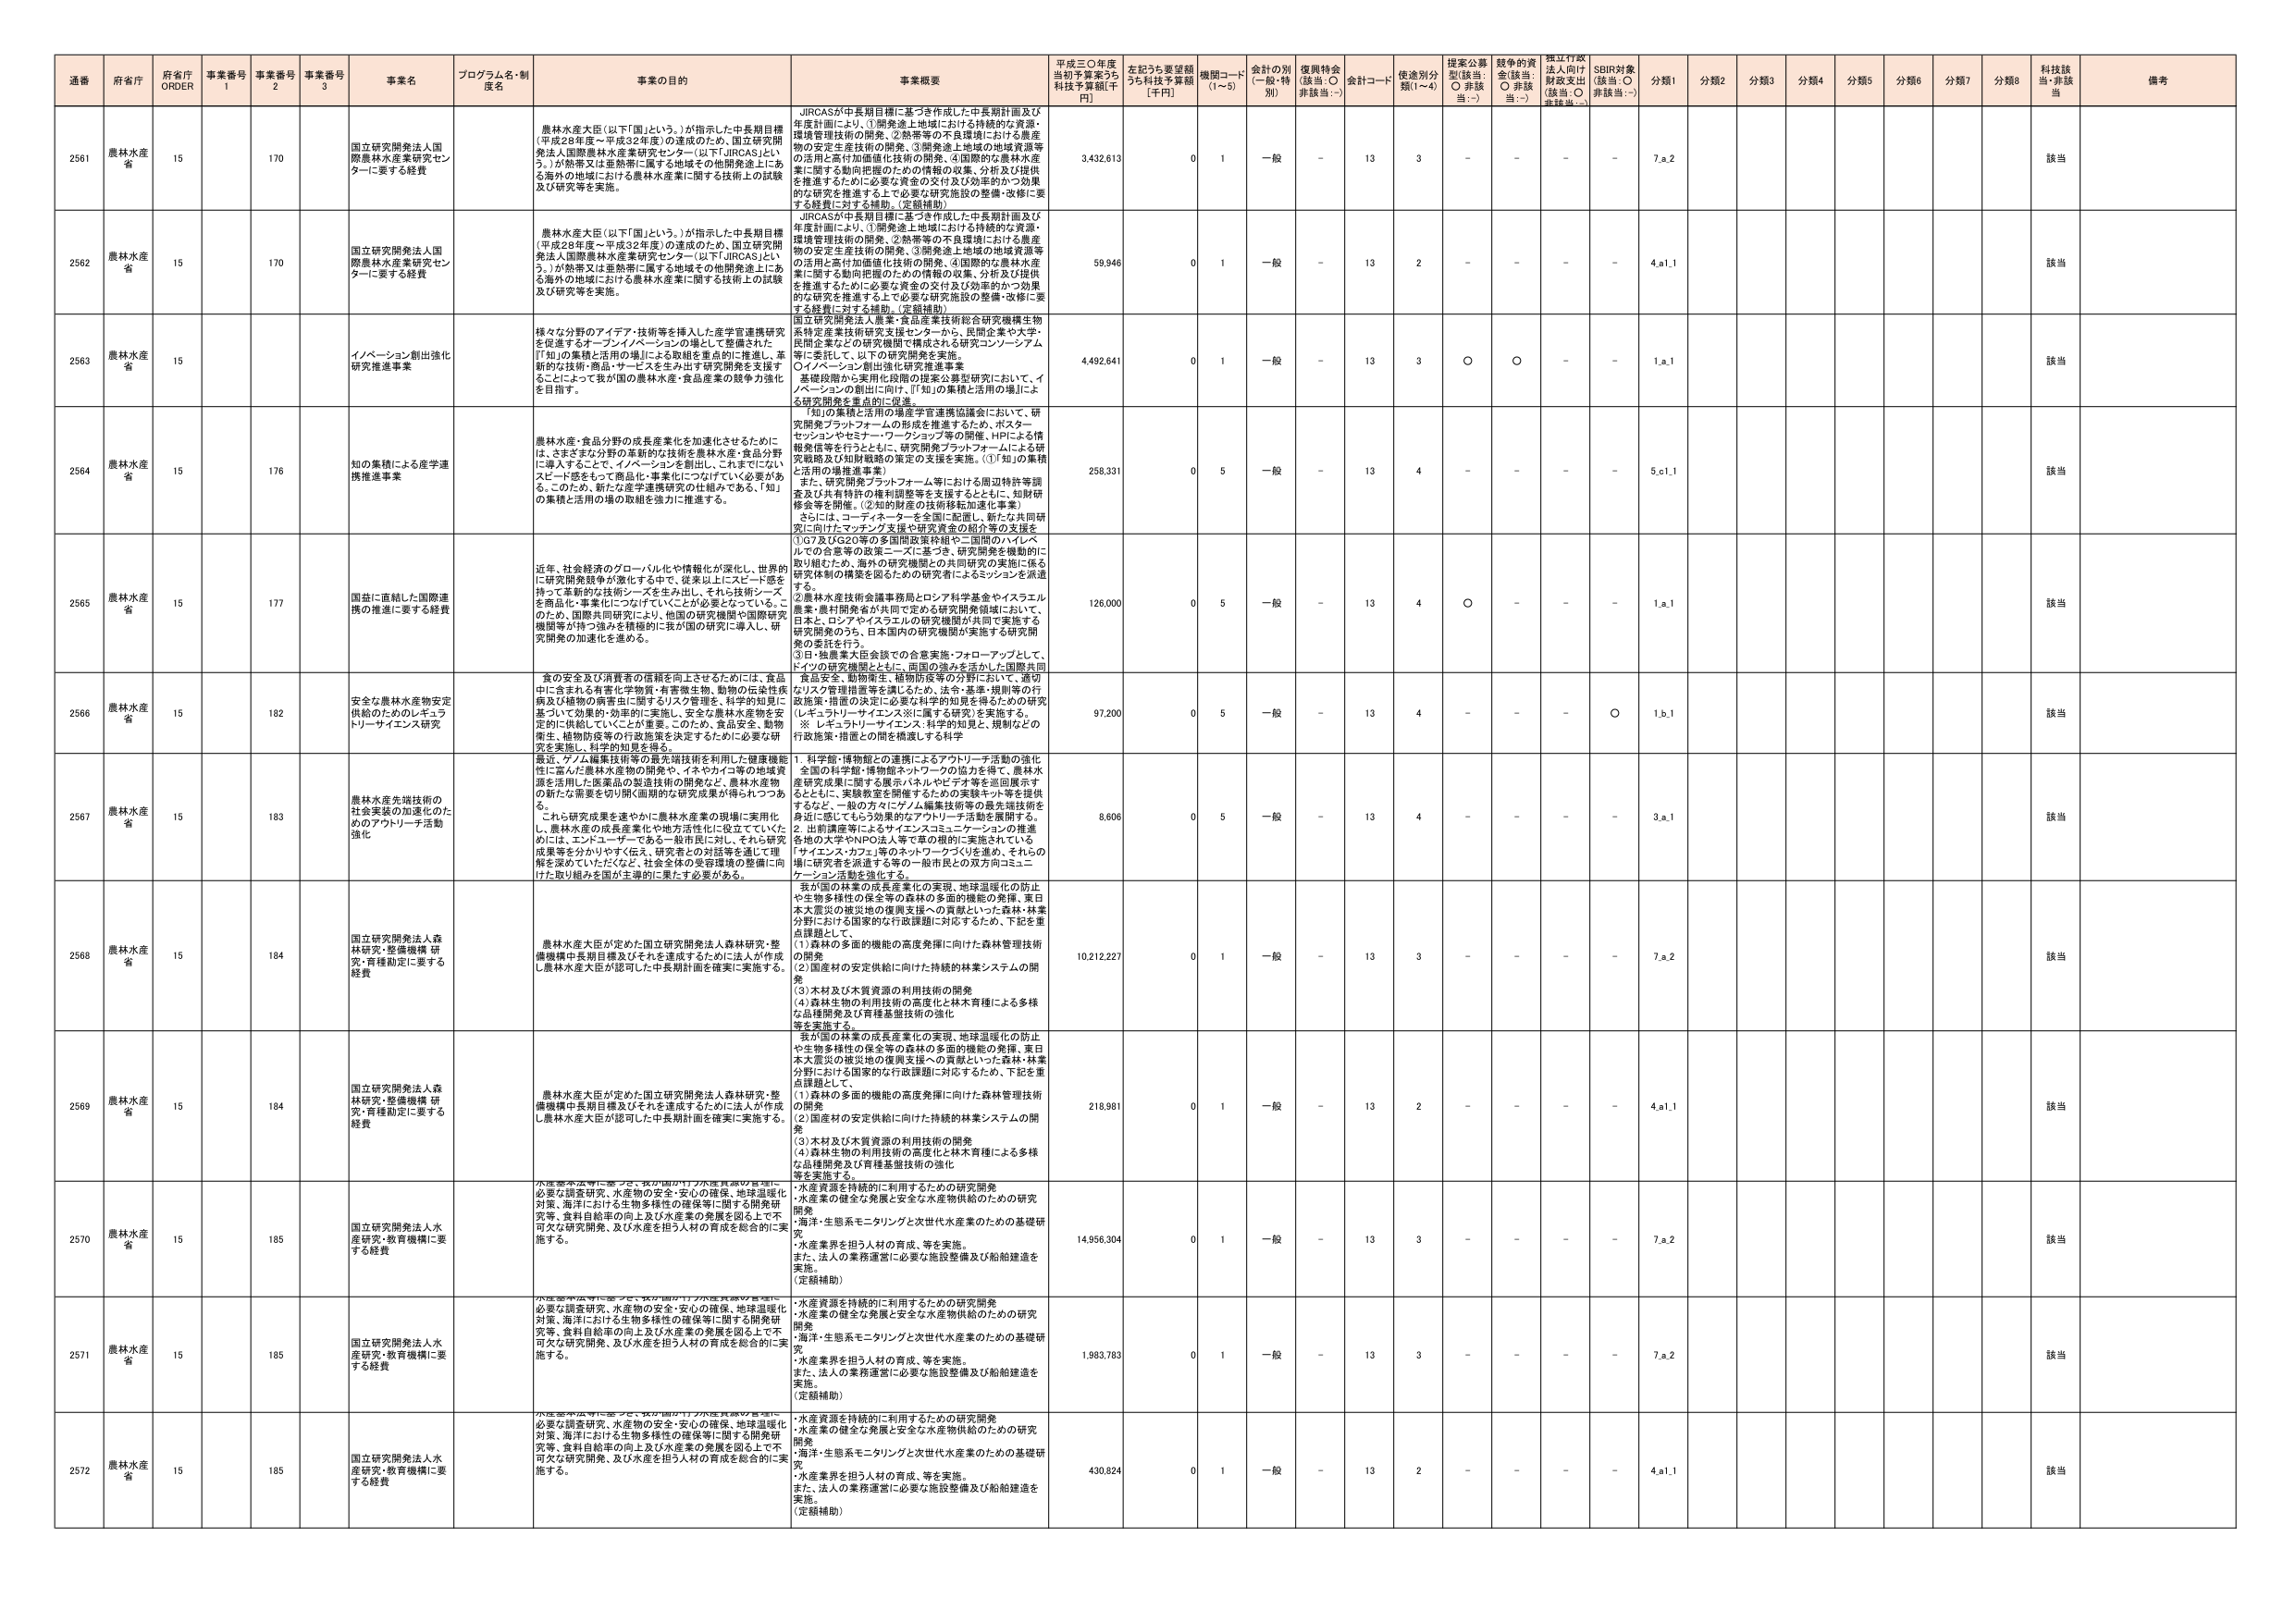
通番 府省庁 府省庁 ORDER 事業番号 1 事業番号 2 事業番号 3 事業名 プログラム名・制度名 事業の目的 事業概要 平成三〇年度当初予算案うち 科技予算額[千円] 左記うち要望額うち科技予算額 [千円] 機関コード (1~5) 会計の別 (一般・特別) 復興特会 (該当:○ 非該当:－) 会計コード 使途別分類(1~4) 提案公募型(該当:○ 非該当:－) 競争的資金(該当:○ 非該当:－) 指定行政法人向け財政支出(該当:○ 非該当:－) SDBR対象(該当:○ 非該当:－) 分類1 分類2 分類3 分類4 分類5 分類6 分類7 分類8 科技該当・非該当 備考

2561 農林水産省 15 170 国立研究開発法人国際農林水産業研究センターに要する経費 農林水産大臣（以下「国」という。）が指示した中長期目標（平成28年度～平成32年度）の達成のため、国立研究開発法人国際農林水産業研究センター（以下「JIRCAS」という。）が熱帯又は亜熱帯に属する地域その他開発途上にある海外の地域における農林水産業に関する技術上の試験及び研究等を実施。 JIRCASが中長期目標に基づき作成した中長期計画及び年度計画により、①開発途上地域における持続的な資源・環境管理技術の開発、②熱帯等の不良環境における農産物の安定生産技術の開発、③開発途上地域の地域資源等の活用と高付加価値化技術の開発、④国際的な農林水産業に関する動向把握のための情報の収集、分析及び提供を推進するために必要な資金の交付及び効率的かつ効果的な研究を推進する上で必要な研究施設の整備・改修に要する経費に対する補助。（定額補助） 3,432,613 0 1 一般 － 13 3 － － － － 7.a.2 該当

2562 農林水産省 15 170 国立研究開発法人国際農林水産業研究センターに要する経費 農林水産大臣（以下「国」という。）が指示した中長期目標（平成28年度～平成32年度）の達成のため、国立研究開発法人国際農林水産業研究センター（以下「JIRCAS」という。）が熱帯又は亜熱帯に属する地域その他開発途上にある海外の地域における農林水産業に関する技術上の試験及び研究等を実施。 JIRCASが中長期目標に基づき作成した中長期計画及び年度計画により、①開発途上地域における持続的な資源・環境管理技術の開発、②熱帯等の不良環境における農産物の安定生産技術の開発、③開発途上地域の地域資源等の活用と高付加価値化技術の開発、④国際的な農林水産業に関する動向把握のための情報の収集、分析及び提供を推進するために必要な資金の交付及び効率的かつ効果的な研究を推進する上で必要な研究施設の整備・改修に要する経費に対する補助。（定額補助） 59,946 0 1 一般 － 13 2 － － － － 4.a1.1 該当

2563 農林水産省 15 イノベーション創出強化研究推進事業 様々な分野のアイデア・技術等を挿入した産学官連携研究を促進するオープンイノベーションの場として整備された『「知」の集積と活用の場』による取組を重点的に推進し、革新的な技術・商品・サービスを生み出す研究開発を支援することによって我が国の農林水産・食品産業の競争力強化を目指す。 国立研究開発法人農業・食品産業技術総合研究機構生物系特定産業技術研究支援センターから、民間企業や大学・民間企業などの研究機関で構成される研究コンソーシアム等に委託して、以下の研究開発を実施。 ○イノベーション創出強化研究支援事業 基礎段階から実用化段階の提案公募型研究において、イノベーションの創出に向け、「『知』の集積と活用の場」による研究開発を重点的に促進。 4,492,641 0 1 一般 － 13 3 ○ ○ － － 1.a.1 該当

2564 農林水産省 15 176 知の集積による産学連携推進事業 農林水産・食品分野の成長産業化を加速化させるために、さまざまな分野の革新的な技術を農林水産・食品分野に導入することで、イノベーションを創出し、これまでにないスピード感をもって商品化・事業化につなげていく必要がある。このため、新たな産学連携研究の仕組みである、「知」の集積と活用の場の取組を強力に推進する。 「知」の集積と活用の場産学官連携協議会において、研究開発プラットフォームの形成を推進するため、ポスターセッションやセミナー・ワークショップ等の開催、HPによる情報発信等を行うとともに、研究開発プラットフォームによる研究戦略及び知財戦略の策定の支援を実施。（①「知」の集積と活用の場推進事業） また、研究開発プラットフォーム等における周辺特許等調査及び共有特許の権利調整等を支援するとともに、知財研修会等を開催。（②知的財産の技術移転加速化事業） さらには、コーディネーターを全国に配置し、新たな共同研究に向けたマッチング支援や研究資金の紹介等の支援を 258,331 0 5 一般 － 13 4 － － － － 5.o1.1 該当

2565 農林水産省 15 177 国益に直結した国際連携の推進に要する経費 近年、社会経済のグローバル化や情報化が深化し、世界的に研究開発競争が激化する中で、従来以上にスピード感を持って革新的な技術シーズを生み出し、それら技術シーズを商品化・事業化につなげていくことが必要となっている。このため、国際共同研究により、他国の研究機関や国際研究機関等が持つ強みを積極的に我が国の研究に導入し、研究開発の加速化を進める。 ①G7及びG20等の多国間政策枠組や二国間のハイレベルでの合意等の政策ニーズに基づき、研究開発を機動的に取り組むため、海外の研究機関との共同研究の実施に係る研究体制の構築を図るための研究者によるミッションを派遣する。 ②農林水産技術会議事務局とロシア科学基金やイスラエル農業・農村開発省が共同で定める研究開発領域において、日本とロシアやイスラエルの研究機関が共同で実施する研究開発のうち、日本国内の研究機関が実施する研究開発の委託を行う。 ③日・独農業大臣会談での合意実施・フォローアップとして、イノベの研究機関とともに、両国の強みを活かした国際共同食品安全、動物衛生、植物防疫等の分野において、連帯及びリスク管理措置等を講じるため、法令・基準・規制等の行政施策・措置の決定に必要な科学的知見を得るための研究（レギュラトリーサイエンス※に属する研究）を実施する。 ※ レギュラトリーサイエンス：科学的知見と、規制などの行政施策・措置との間を橋渡しする科学 126,000 0 5 一般 － 13 4 ○ － － － 1.a.1 該当

2566 農林水産省 15 182 安全な農林水産物安定供給のためのレギュラトリーサイエンス研究 食の安全及び消費者の信頼を向上させるためには、食品中に含まれる有害化学物質・有害微生物、動物の伝染性疾患及び植物の病害虫に関するリスク管理を、科学的知見に基づいて効果的・効率的に実施し、安全な農林水産物を安定的に供給していくことが重要。このため、食品安全、動物衛生、植物防疫等の行政施策を決定するために必要な研究を実施し、科学的知見を得る。 ①G7及びG20等の多国間政策枠組や二国間のハイレベルでの合意等の政策ニーズに基づき、研究開発を機動的に取り組むため、海外の研究機関との共同研究の実施に係る研究体制の構築を図るための研究者によるミッションを派遣する。 ②農林水産技術会議事務局とロシア科学基金やイスラエル農業・農村開発省が共同で定める研究開発領域において、日本とロシアやイスラエルの研究機関が共同で実施する研究開発のうち、日本国内の研究機関が実施する研究開発の委託を行う。 ③日・独農業大臣会談での合意実施・フォローアップとして、イノベの研究機関とともに、両国の強みを活かした国際共同食品安全、動物衛生、植物防疫等の分野において、連帯及びリスク管理措置等を講じるため、法令・基準・規制等の行政施策・措置の決定に必要な科学的知見を得るための研究（レギュラトリーサイエンス※に属する研究）を実施する。 ※ レギュラトリーサイエンス：科学的知見と、規制などの行政施策・措置との間を橋渡しする科学 97,200 0 5 一般 － 13 4 － － － ○ 1.b.1 該当

2567 農林水産省 15 183 農林水産先端技術の社会実装の加速化のためのアウトリーチ活動強化 最近、ゲノム編集技術等の最先端技術を利用した健康機能性に富んだ農林水産物の開発や、イネやカイコ等の地域資源を活用した医薬品の製造技術の開発など、農林水産物の新たな需要を切り開く画期的な研究成果が得られつつある。 これら研究成果を速やかに農林水産業の現場に実用化し、農林水産の成長産業化や地方活性化に役立てていくためには、エンジニアーや一般市民に対し、それら研究成果等を分かりやすく伝え、研究者との対話等を通じて理解を深めていただくなど、社会全体の受容環境の整備に向けた取り組みを国が主導的に果たす必要がある。 1．科学館・博物館との連携によるアウトリーチ活動の強化 全国の科学館・博物館ネットワークの協力を得て、農林水産研究成果に関する展示パネルやビデオ等を巡回展示するなどし、実験教室を開催するための実験キット等を提供するなど、一般の方々にゲノム編集技術等の最先端技術を身近に感じてもらう効果的なアウトリーチ活動を展開する。 2．出町講座等によるサイエンスコミュニケーションの推進 各地の大学やNPO法人等で草の根的に実施されている、「サイエンス・カフェ」等のネットワークづくりを進め、それらの場に研究者を派遣する等の一般市民との双方向コミュニケーション活動を強化する。 8,606 0 5 一般 － 13 4 － － － － 3.a.1 該当

2568 農林水産省 15 184 国立研究開発法人森林研究・整備機構 研究・育種勘定に要する経費 農林水産大臣が定めた国立研究開発法人森林研究・整備機構中長期目標及びそれを達成するために法人が作成し農林水産大臣が認可した中長期計画を確実に実施する。 我が国の林業の成長産業化の実現、地球温暖化の防止や生物多様性の保全等の森林の多面的機能の発揮、東日本大震災の被災地の復興支援への貢献といった森林・林業分野における国家的な行政課題に対応するため、下記を重点課題として、 （1）森林の多面的機能の高度発揮に向けた森林管理技術の開発 （2）国産材の安定供給に向けた持続的林業システムの開発 （3）木材及び木質資源の利用技術の開発 （4）森林生物の利用技術の高度化と林木育種による多様な品種開発及び育種基盤技術の強化 等を実施する。 10,212,227 0 1 一般 － 13 3 － － － － 7.a.2 該当

2569 農林水産省 15 184 国立研究開発法人森林研究・整備機構 研究・育種勘定に要する経費 農林水産大臣が定めた国立研究開発法人森林研究・整備機構中長期目標及びそれを達成するために法人が作成し農林水産大臣が認可した中長期計画を確実に実施する。 我が国の林業の成長産業化の実現、地球温暖化の防止や生物多様性の保全等の森林の多面的機能の発揮、東日本大震災の被災地の復興支援への貢献といった森林・林業分野における国家的な行政課題に対応するため、下記を重点課題として、 （1）森林の多面的機能の高度発揮に向けた森林管理技術の開発 （2）国産材の安定供給に向けた持続的林業システムの開発 （3）木材及び木質資源の利用技術の開発 （4）森林生物の利用技術の高度化と林木育種による多様な品種開発及び育種基盤技術の強化 等を実施する。 218,981 0 1 一般 － 13 2 － － － － 4.a1.1 該当

2570 農林水産省 15 185 国立研究開発法人水産研究・教育機構に要する経費 水産業の発展に寄与し、我が国が持つ水産資源の管理に必要な調査研究、水産物の安全・安心の確保、地球温暖化対策、海洋における生物多様性の確保等に関する開発研究等、食料自給率の向上及び水産業の発展を図る上で不可欠な研究開発、及び水産を担う人材の育成を総合的に実施する。 ・水産資源を持続的に利用するための研究開発 ・水産業の健全な発展と安全な水産物供給のための研究開発 ・海洋・生態系モニタリングと次世代水産業のための基礎研究 ・水産業界を担う人材の育成、等を実施。 また、法人の業務運営に必要な施設整備及び船舶建造を実施。 （定額補助） 14,956,304 0 1 一般 － 13 3 － － － － 7.a.2 該当

2571 農林水産省 15 185 国立研究開発法人水産研究・教育機構に要する経費 水産業の発展に寄与し、我が国が持つ水産資源の管理に必要な調査研究、水産物の安全・安心の確保、地球温暖化対策、海洋における生物多様性の確保等に関する開発研究等、食料自給率の向上及び水産業の発展を図る上で不可欠な研究開発、及び水産を担う人材の育成を総合的に実施する。 ・水産資源を持続的に利用するための研究開発 ・水産業の健全な発展と安全な水産物供給のための研究開発 ・海洋・生態系モニタリングと次世代水産業のための基礎研究 ・水産業界を担う人材の育成、等を実施。 また、法人の業務運営に必要な施設整備及び船舶建造を実施。 （定額補助） 1,983,783 0 1 一般 － 13 3 － － － － 7.a.2 該当

2572 農林水産省 15 185 国立研究開発法人水産研究・教育機構に要する経費 水産業の発展に寄与し、我が国が持つ水産資源の管理に必要な調査研究、水産物の安全・安心の確保、地球温暖化対策、海洋における生物多様性の確保等に関する開発研究等、食料自給率の向上及び水産業の発展を図る上で不可欠な研究開発、及び水産を担う人材の育成を総合的に実施する。 ・水産資源を持続的に利用するための研究開発 ・水産業の健全な発展と安全な水産物供給のための研究開発 ・海洋・生態系モニタリングと次世代水産業のための基礎研究 ・水産業界を担う人材の育成、等を実施。 また、法人の業務運営に必要な施設整備及び船舶建造を実施。 （定額補助） 430,824 0 1 一般 － 13 2 － － － － 4.a1.1 該当